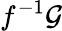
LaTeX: f^{-1}{\mathcal{G}}